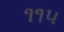
૧૧૫